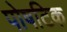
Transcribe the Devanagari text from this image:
पोषटिक